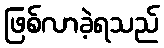
ဖြစ်လာခဲ့ရသည်